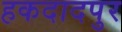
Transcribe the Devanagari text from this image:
हकदादपुर